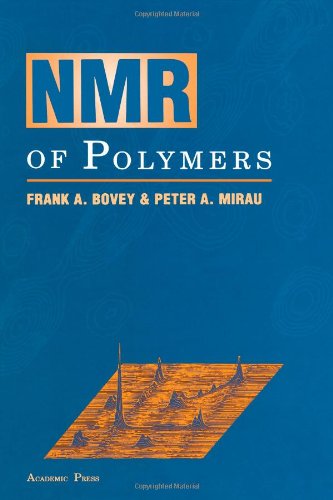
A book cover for NMR of Polymers; Frank A. Bovey; Science & Math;